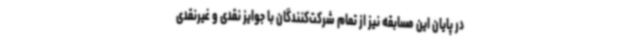
در پایان این مسابقه نیز از تمام شرکت‌کنندگان با جوایز نقدی و غیرنقدی